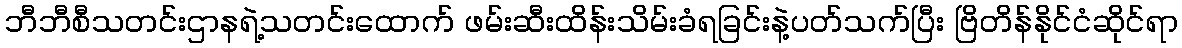
ဘီဘီစီသတင်းဌာနရဲ့သတင်းထောက် ဖမ်းဆီးထိန်းသိမ်းခံရခြင်းနဲ့ပတ်သက်ပြီး ဗြိတိန်နိုင်ငံဆိုင်ရာ